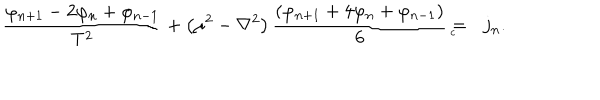
\frac { \varphi _ { n + 1 } - 2 \varphi _ { n } + \varphi _ { n - 1 } } { T ^ { 2 } } + \left( \mu ^ { 2 } - \nabla ^ { 2 } \right) \frac { \left( \varphi _ { n + 1 } + 4 \varphi _ { n } + \varphi _ { n - 1 } \right) } 6 = { } _ { { } _ { \! \! \! \! \! \! \! c } } \; \, j _ { n } .